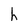
Character: h